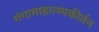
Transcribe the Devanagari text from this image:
गंगामाहात्म्यकीर्तन